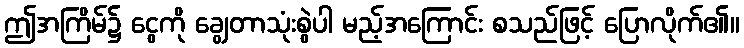
ဤအကြိမ်၌ ငွေကို ချွေတာသုံးစွဲပါ မည့်အကြောင်း စသည်ဖြင့် ပြောလိုက်၏။